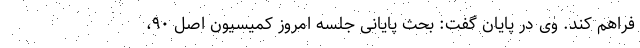
فراهم کند. وی در پایان گفت: بحث پایانی جلسه امروز کمیسیون اصل ۹۰،